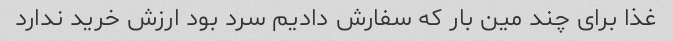
غذا برای چند مین بار که سفارش دادیم سرد بود ارزش خرید ندارد